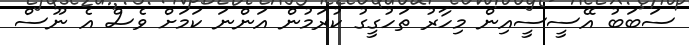
ސަބަބު އޭސީސީއިން މިހާރު ތަހުގީގު ކުރަމުން އަންނަ ކަމަށް ވެސް އެ ނޫސް